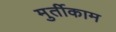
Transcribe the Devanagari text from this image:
मुर्तीकाम